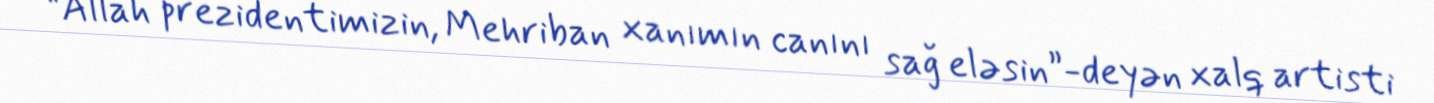
“Allah prezidentimizin, Mehriban xanımın canını sağ eləsin”-deyən xalq artisti